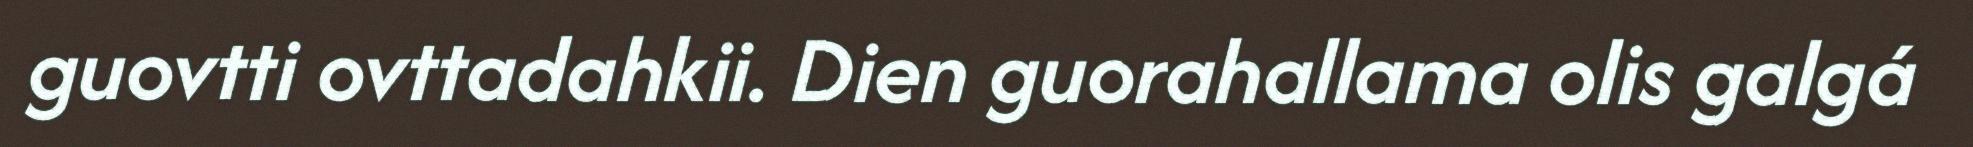
guovtti ovttadahkii. Dien guorahallama olis galgá